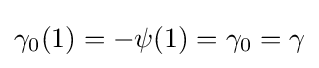
\gamma _{0}(1)=-\psi (1)=\gamma _{0}=\gamma